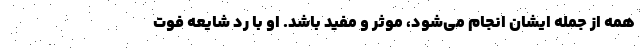
همه از جمله ایشان انجام می‌شود، موثر و مفید باشد. او با رد شایعه فوت